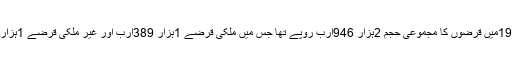
دستاویز کے مطابق1999میں قرضوں کا مجموعی حجم 2ہزار 946ارب روپے تھا جس میں ملکی قرضے 1ہزار 389ارب اور غیر ملکی قرضے 1ہزار 557ارب روپے تھے۔